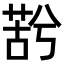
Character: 𮏫